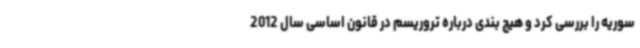
سوریه را بررسی کرد و هیچ بندی درباره تروریسم در قانون اساسی سال 2012